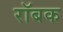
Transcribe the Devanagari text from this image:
रॉबक